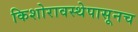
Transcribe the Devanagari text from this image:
किशोरावस्थेपासूनच